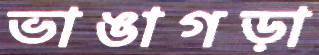
ভাঙাগড়া